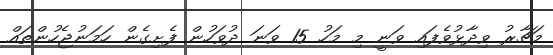
މަޗާރު ވިދާޅުވެފައި ވަނީ މި މަހު 15 ވަނަ ދުވަހުން ފެށިގެން ހަމަނުޖެހުންތައް